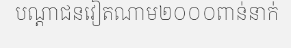
បណ្តាជនវៀតណាម២០០០ពាន់នាក់